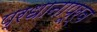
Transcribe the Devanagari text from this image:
प्रधानापूर्व